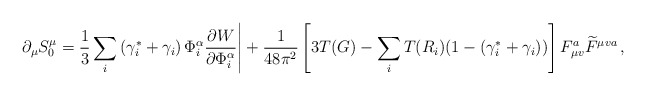
\begin{align*} \partial_{\mu} S^{\mu}_0 = \frac{1}{3} \sum_i \left( \gamma^{\ast}_i + \gamma_i \right) \Phi^{\alpha}_i \frac{\partial W}{\partial \Phi^{\alpha}_i} \Bigg| + \frac{1}{48 \pi^2} \left[ 3T (G) - \sum_i T(R_i) (1-(\gamma^{\ast}_i + \gamma_i)) \right] F^a_{\mu v} \widetilde{F}^{\mu va} \, ,\end{align*}